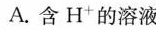
A.含H+的溶液